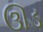
ઊડ